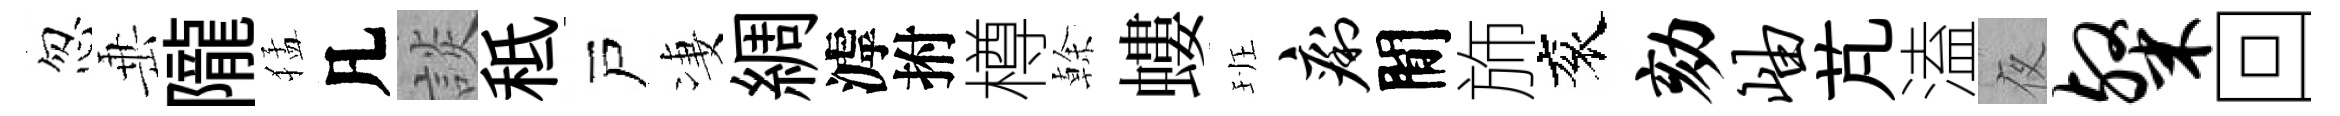
忽𡸁隴猛凡談秪戸凄綢滹拊樽𠏉螻班痢閒斾衮劾岫芃溘夜粲回